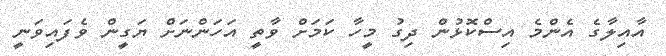
އާއިލާގެ އެންމެ އިސްކޮޅުން ދިގު މީހާ ކަމަށް ވާތީ އަހަންނަށް ޔަގީން ވެފައިވަނީ